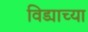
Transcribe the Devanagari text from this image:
विड्याच्‍या